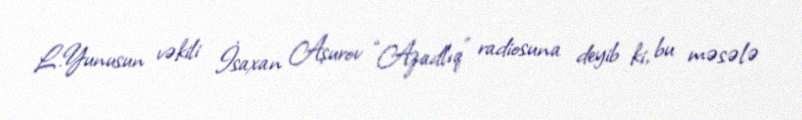
L.Yunusun vəkili İsaxan Aşurov “Azadlıq” radiosuna deyib ki, bu məsələ